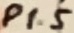
Text: P1.5